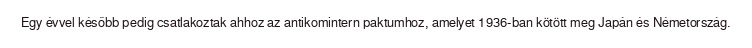
Egy évvel később pedig csatlakoztak ahhoz az antikomintern paktumhoz, amelyet 1936-ban kötött meg Japán és Németország.